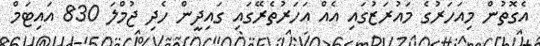
އެގޮތުން މިއަހަރުގެ މައުރަޒުގައި އެއް އަހަރުތެރޭގައި ގައިދީން ހެދި ޖުމްލަ 830 އައިޓަމް